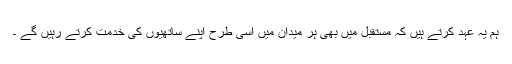
ہم یہ عہد کرتے ہیں کہ مستقبل میں بھی ہر میدان میں اسی طرح اپنے ساتھیوں کی خدمت کرتے رہیں گے ۔